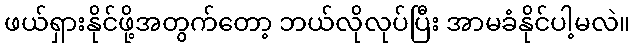
ဖယ်ရှားနိုင်ဖို့အတွက်တော့ ဘယ်လိုလုပ်ပြီး အာမခံနိုင်ပါ့မလဲ။